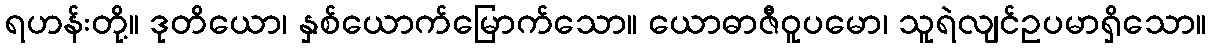
ရဟန်းတို့။ ဒုတိယော၊ နှစ်ယောက်မြောက်သော။ ယောဓာဇီဝူပမော၊ သူရဲလျင်ဥပမာရှိသော။